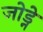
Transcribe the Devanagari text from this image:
जोड्ने